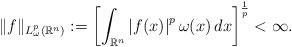
LaTeX: \begin{align*}\|f\|_{L^p_\omega(\mathbb{R}^n)}:=\left[\int_{\mathbb{R}^n}\left|f(x)\right|^p\omega(x)\,dx\right]^{\frac{1}{p}}<\infty.\end{align*}